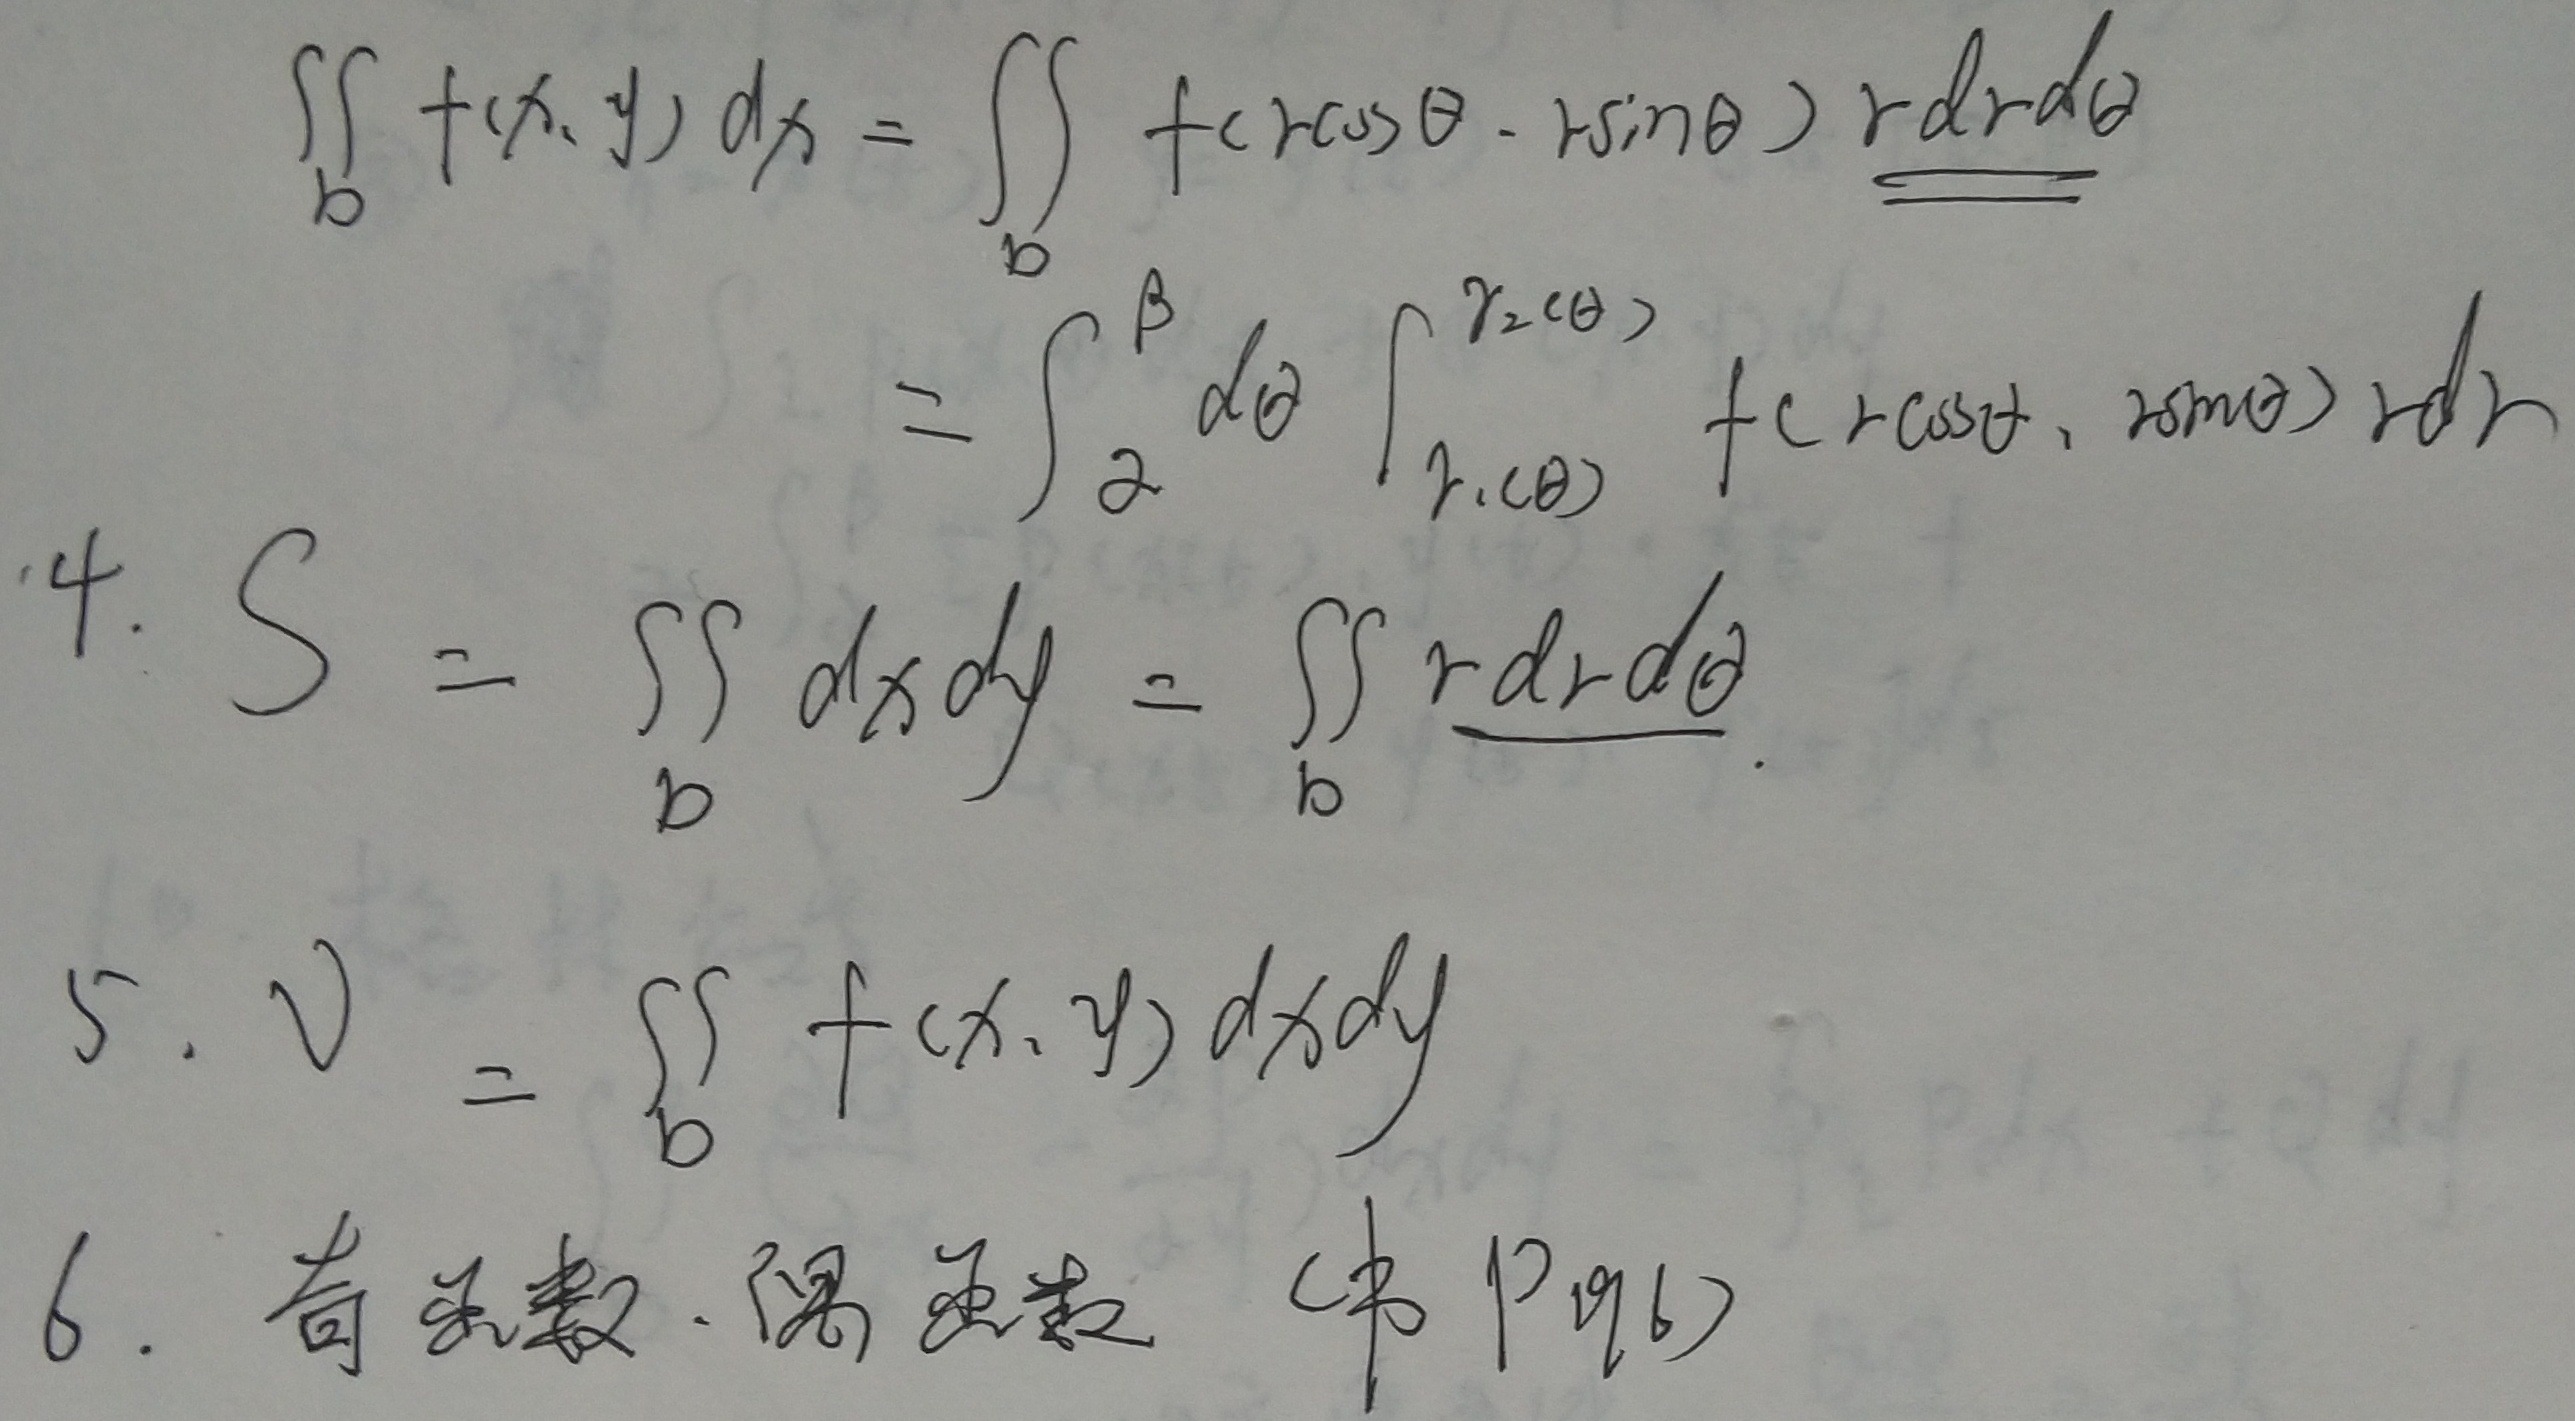
\[\begin{align*}
\iint_{D} f(x,y)\mathrm{d}x&=\iint_{D} f(r\cos\theta,r\sin\theta)\underline{r\mathrm{d}r\mathrm{d}\theta}\\
&=\int_{\alpha}^{\beta}\mathrm{d}\theta\int_{r_1(\theta)}^{r_2(\theta)}f(r\cos\theta,r\sin\theta)r\mathrm{d}r
\end{align*}\]

\[4. \quad S = \iint_{D} \mathrm{d}x\mathrm{d}y=\iint_{D} \underline{r\mathrm{d}r\mathrm{d}\theta}\]

\[5. \quad V=\iint_{D} f(x,y)\mathrm{d}x\mathrm{d}y\]

6. 奇函数.偶函数 (书P96)